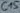
Text: C15